Source: Handwritten
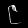
Digit: ၉ (9)